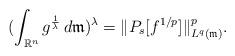
LaTeX: \begin{align*}(\int_{\mathbb{R}^n} g^{\frac{1}{\lambda}}\, d\mathfrak{m})^\lambda=\| P_s [f^{1/p}] \|_{L^q(\mathfrak{m})}^p.\end{align*}